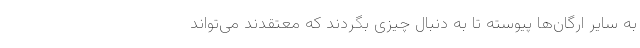
به سایر ارگان‌ها پیوسته تا به دنبال چیزی بگردند که معتقدند می‌تواند